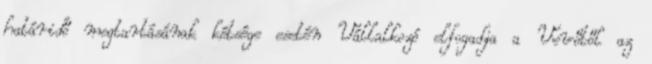
határidő megtartásának kétsége esetén Vállalkozó elfogadja a Vevőtől az